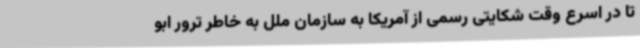
تا در اسرع وقت شکایتی رسمی از آمریکا به سازمان ملل به خاطر ترور ابو